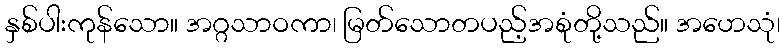
နှစ်ပါးကုန်သော။ အဂ္ဂသာဝကာ၊ မြတ်သောတပည့်အစုံတို့သည်။ အဟေသုံ၊